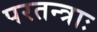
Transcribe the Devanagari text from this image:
परतन्त्राः